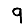
Digit: 9